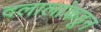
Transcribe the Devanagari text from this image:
दलालांकडून